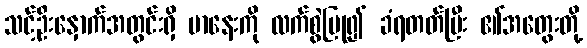
သင့်ဦးနှောက်အတွင်းရှိ မာနေးကို လက်စွဲပြု၍ ခံရတတ်ပြီး ၏အတွေးတို့